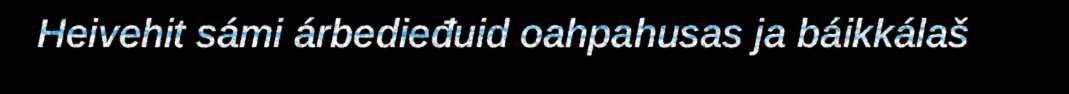
Heivehit sámi árbedieđuid oahpahusas ja báikkálaš